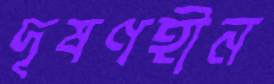
দূষণহীন